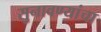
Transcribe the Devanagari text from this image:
सुनावण्यांचा